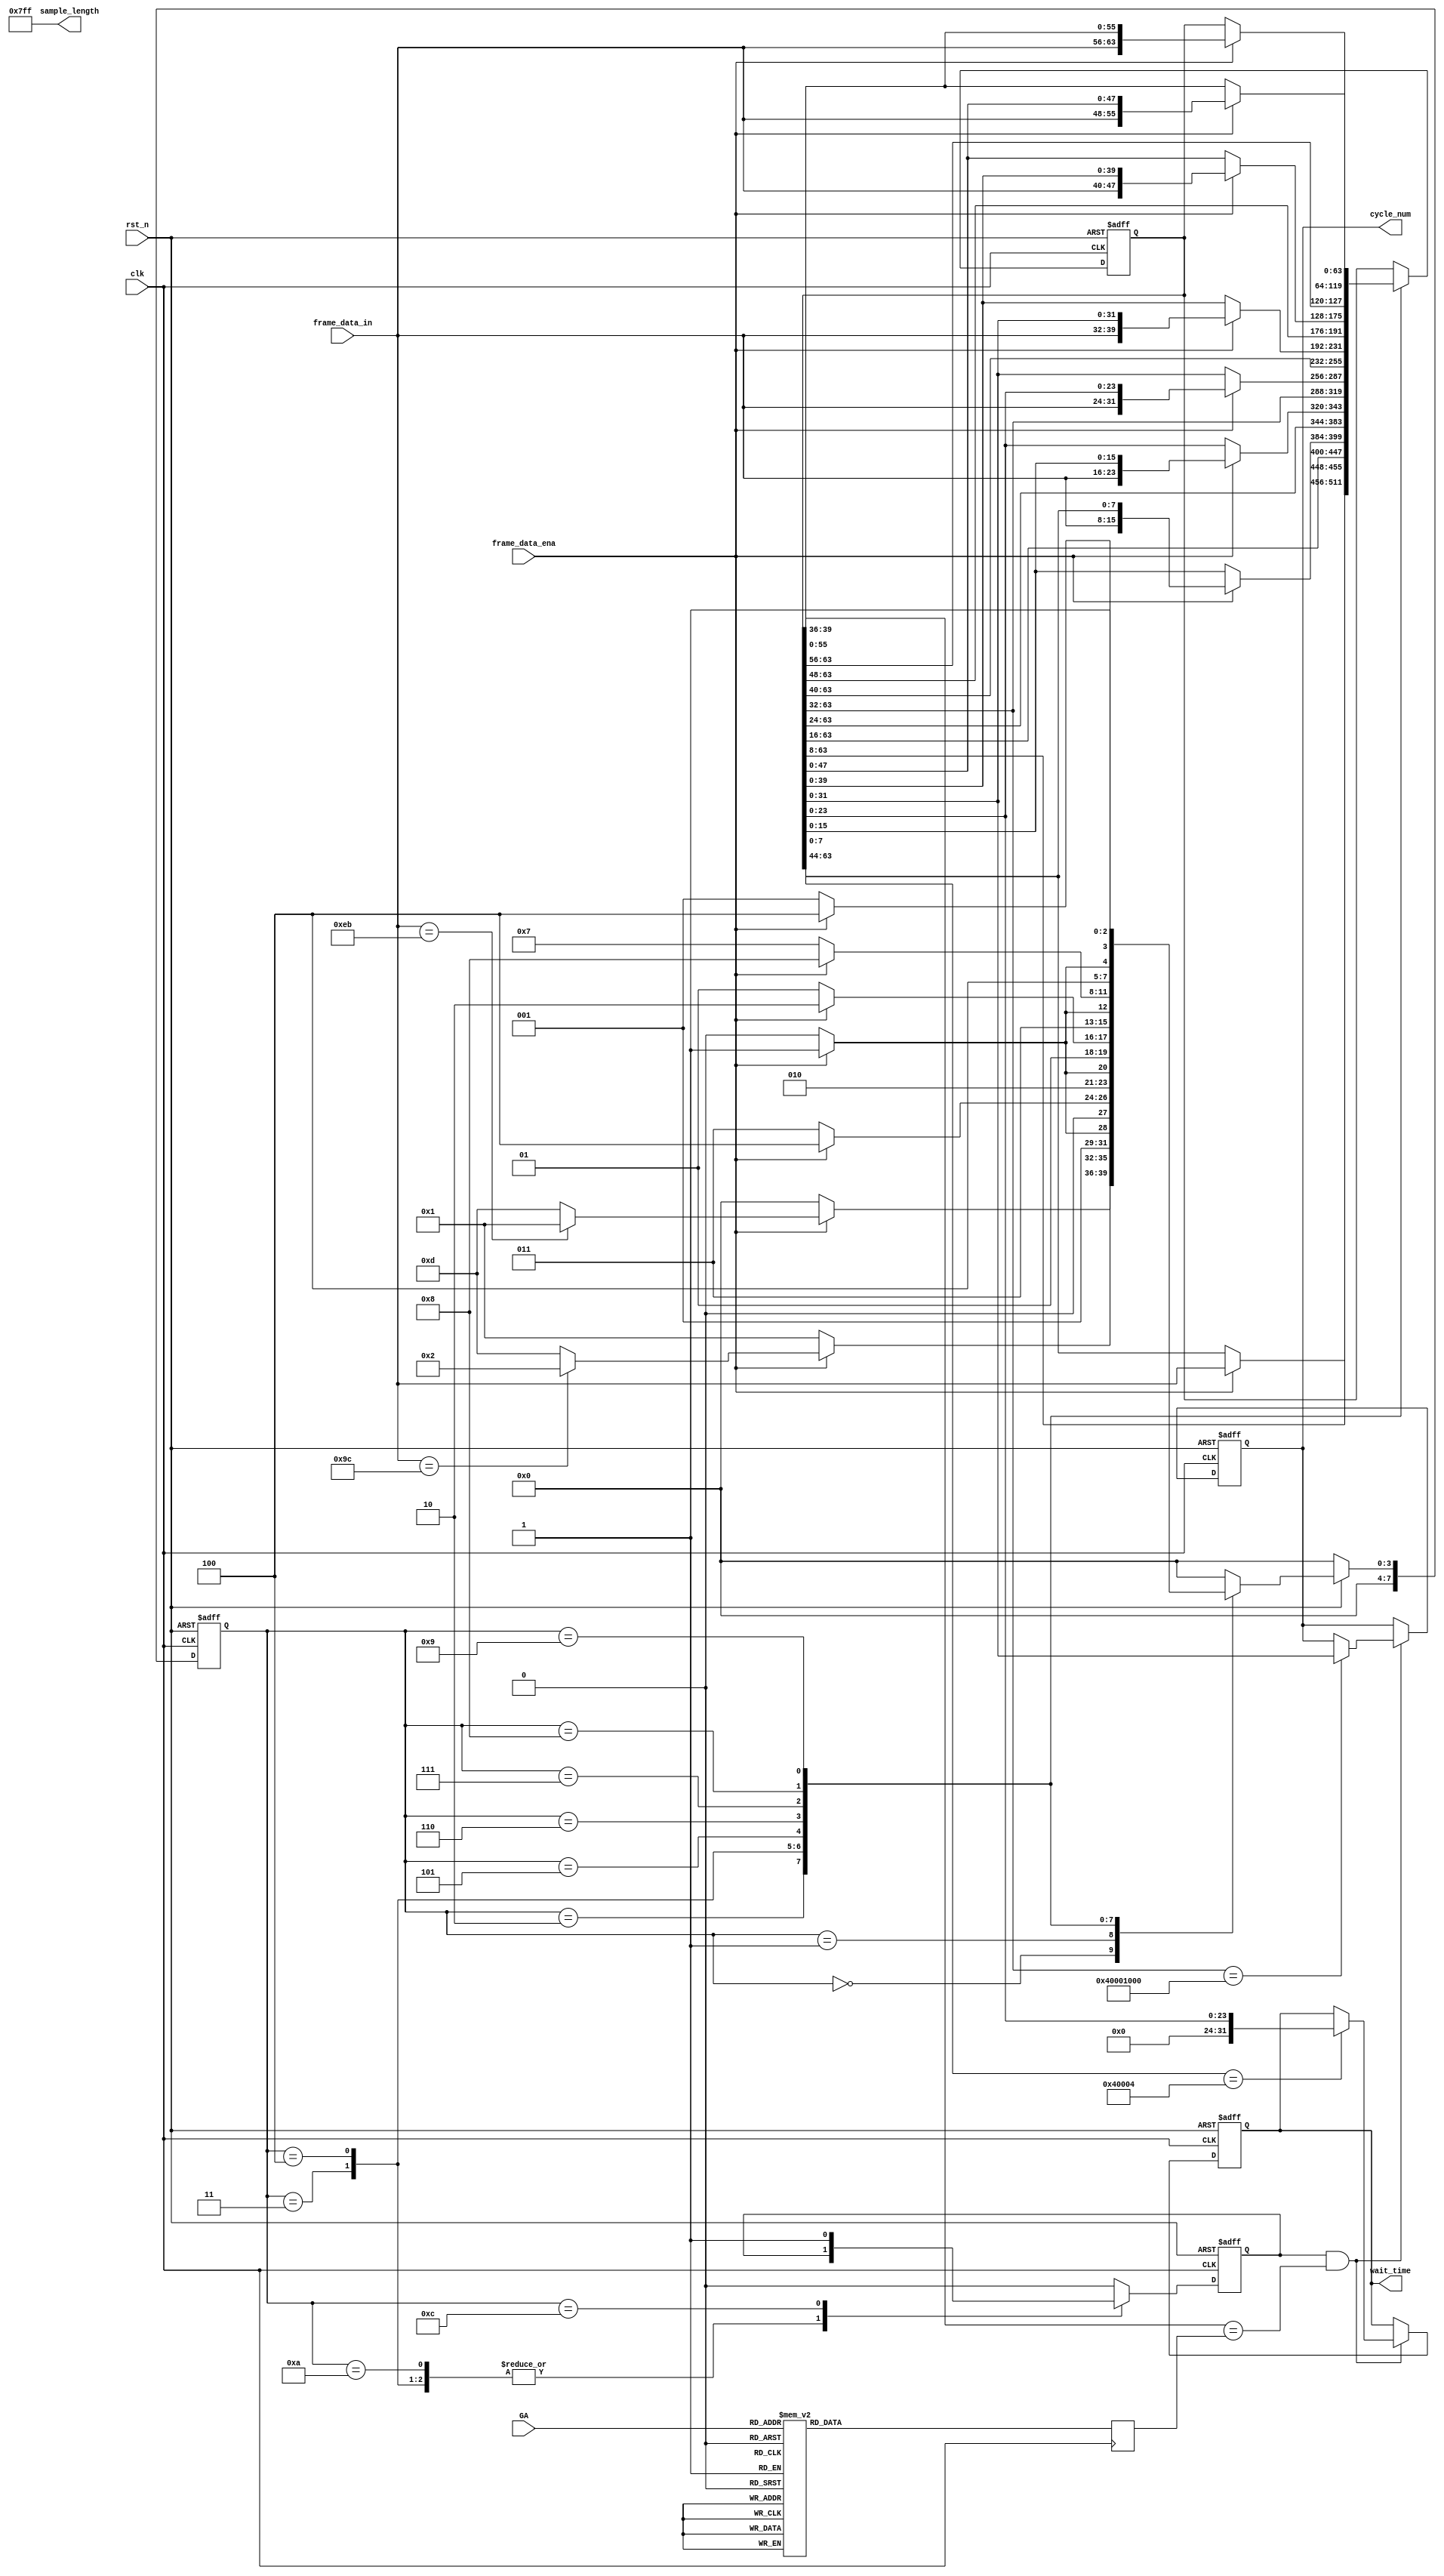
`timescale 1ns/1ns

module UART_Rx(
	input clk,
	input rst_n,
(*mark_debug = "TRUE"*)	input [7:0] frame_data_in,
(*mark_debug = "TRUE"*)	input frame_data_ena,
(*mark_debug = "TRUE"*)	input[4:0] GA,

(*mark_debug = "TRUE"*)	output  reg [31:0]  cycle_num,
	output  [31:0]  sample_length,
(*mark_debug = "TRUE"*)	output  reg [31:0]  wait_time
	// output reg [23:0] R_AWG_CH1_DELAY1   ,
	// output reg [23:0] R_AWG_CH2_DELAY1   ,
	// output reg [23:0] R_AWG_CH3_DELAY1   ,
	// output reg [23:0] R_AWG_CH4_DELAY1   ,
	// output reg [23:0] R_AWG_CH1_DELAY2   ,
	// output reg [23:0] R_AWG_CH2_DELAY2   ,
	// output reg [23:0] R_AWG_CH3_DELAY2   ,
	// output reg [23:0] R_AWG_CH4_DELAY2   ,
	// output reg [23:0] R_AWG_CH1_DELAY3   ,
	// output reg [23:0] R_AWG_CH2_DELAY3   ,
	// output reg [23:0] R_AWG_CH3_DELAY3   ,
	// output reg [23:0] R_AWG_CH4_DELAY3   ,
	// output reg [23:0]  R_AWG_CH1_LEN1	 ,
	// output reg [23:0]  R_AWG_CH2_LEN1	 ,
	// output reg [23:0]  R_AWG_CH3_LEN1	 ,
	// output reg [23:0]  R_AWG_CH4_LEN1	 ,
	// output reg [23:0]  R_AWG_CH1_LEN2	 ,
	// output reg [23:0]  R_AWG_CH2_LEN2	 ,
	// output reg [23:0]  R_AWG_CH3_LEN2	 ,
	// output reg [23:0]  R_AWG_CH4_LEN2	 ,
	// output reg [23:0]  R_AWG_CH1_LEN3	 ,
	// output reg [23:0]  R_AWG_CH2_LEN3	 ,
	// output reg [23:0]  R_AWG_CH3_LEN3	 ,
	// output reg [23:0]  R_AWG_CH4_LEN3	 ,
	// output reg [23:0]  R_AWG_CH1_ADDR1	 ,
	// output reg [23:0]  R_AWG_CH2_ADDR1	 ,
	// output reg [23:0]  R_AWG_CH3_ADDR1	 ,
	// output reg [23:0]  R_AWG_CH4_ADDR1	 ,
	// output reg [23:0]  R_AWG_CH1_ADDR2	 ,
	// output reg [23:0]  R_AWG_CH2_ADDR2	 ,
	// output reg [23:0]  R_AWG_CH3_ADDR2	 ,
	// output reg [23:0]  R_AWG_CH4_ADDR2	 ,
	// output reg [23:0]  R_AWG_CH1_ADDR3	 ,
	// output reg [23:0]  R_AWG_CH2_ADDR3	 ,
	// output reg [23:0]  R_AWG_CH3_ADDR3	 ,
 //    output reg [23:0]  R_AWG_CH4_ADDR3
);


//**********************Variable Definition begin**********************//


//**********************Variable Definition end**********************//



//************************************************************************//
//************************Programmer start here***************************//
//************************************************************************//
localparam  [7:0] FRH_DET_FB 		      = 8'd0; //Frame_Head_Detection_First_Byte
localparam  [7:0] FRH_DET_SB              = 8'd1; //Frame_Head_Detection_Second_Byte


localparam  [7:0] FRC01_DET            = 8'd2; //Frame Content Store
localparam  [7:0] FRC02_DET            = 8'd3; //Frame Content Store
localparam  [7:0] FRC03_DET            = 8'd4; //Frame Content Store
localparam  [7:0] FRC04_DET            = 8'd5; //Frame Content Store
localparam  [7:0] FRC05_DET            = 8'd6; //Frame Content Store
localparam  [7:0] FRC06_DET            = 8'd7; //Frame Content Store
localparam  [7:0] FRC07_DET            = 8'd8; //Frame Content Store
localparam  [7:0] FRC08_DET            = 8'd9; //Frame Content Store



localparam  [7:0] CRC_DET                 = 8'd10; //CRC Store
localparam  [7:0] CRC_CHK                 = 8'd11; //CRC_Check
localparam  [7:0] FR_END                  = 8'd12; //Frame Detection Successful
localparam  [7:0] FR_ERR                  = 8'd13; //Error Occu


reg [7:0] fd_st_cuur;					//FSM:pointer
reg [7:0] fd_st_next;					//FSM:pointer

(*mark_debug = "TRUE"*)reg[63:0] R_UART_DATA;
(*mark_debug = "TRUE"*)reg  data_updata;
reg[7:0] CRC_Value;

reg[3:0] MYSLOT ;

//////////////////////////////////////////////////////////////////////////
////////////////////////// FSM(Three Parts) //////////////////////////////
//////////////////////////////////////////////////////////////////////////

//reg [7:0] CRC_Value;         //CRC check from "FRL_DET",add all data equal tp 8'h00 is right
//***************************FSM Part1 begin****************************//
always @(posedge clk, negedge rst_n)
	begin
		if(~rst_n) fd_st_cuur <= FRH_DET_FB; //initialization
		else fd_st_cuur <= fd_st_next;
	end
//*************************FSM Part1 end****************************//

//*************************FSM Part2 begin****************************//
always @(*) //next state generation
begin
	if(~rst_n) fd_st_next = FRH_DET_FB;
	else
	begin
		case(fd_st_cuur)
		FRH_DET_FB: begin
			if(frame_data_ena) begin
				if(frame_data_in == 8'heb) fd_st_next = FRH_DET_SB; //to next state
				else fd_st_next = FR_ERR;     //to error report,for fifo clear
			end
			else fd_st_next = FRH_DET_FB;     //hold
		end
		FRH_DET_SB: begin
			if(frame_data_ena) begin
				if(frame_data_in ==8'h9c) fd_st_next = FRC01_DET; //to next state
				else fd_st_next = FR_ERR; //to error report,for fifo clear
			end
			else fd_st_next = FRH_DET_SB; //hold
		end
		FRC01_DET: begin
			if(frame_data_ena) fd_st_next = FRC02_DET;
			else fd_st_next = FRC01_DET;
		end
		FRC02_DET: begin
			if(frame_data_ena) fd_st_next = FRC03_DET;
			else fd_st_next = FRC02_DET;
		end
		FRC03_DET: begin
			if(frame_data_ena) fd_st_next = FRC04_DET;
			else fd_st_next = FRC03_DET;
		end
		FRC04_DET: begin
			if(frame_data_ena) fd_st_next = FRC05_DET;
			else fd_st_next = FRC04_DET;
		end
		FRC05_DET: begin
			if(frame_data_ena) fd_st_next = FRC06_DET;
			else fd_st_next = FRC05_DET;
		end
		FRC06_DET: begin
			if(frame_data_ena) fd_st_next = FRC07_DET;
			else fd_st_next = FRC06_DET;
		end
		FRC07_DET: begin
			if(frame_data_ena) fd_st_next = FRC08_DET;
			else fd_st_next = FRC07_DET;
		end
		FRC08_DET: begin
			if(frame_data_ena) fd_st_next = FR_END;
			else fd_st_next = FRC08_DET;
		end

		FR_END: fd_st_next = FRH_DET_FB; //round to init
		FR_ERR: fd_st_next = FRH_DET_FB; //round to init
		default: fd_st_next = FRH_DET_FB;
		endcase
	end
end

always @ (posedge clk)
begin
	case(GA)
	5'd0: MYSLOT <= 4'd0 ;
	5'd1: MYSLOT <= 4'd0 ;
	5'd2: MYSLOT <= 4'd1 ;
	5'd3: MYSLOT <= 4'd2 ;
	5'd4: MYSLOT <= 4'd3 ;
	5'd5: MYSLOT <= 4'd4 ;
	5'd6: MYSLOT <= 4'd5 ;
	5'd7: MYSLOT <= 4'd6 ;
	5'd8: MYSLOT <= 4'd7 ;
	5'd9: MYSLOT <= 4'd0 ;
	5'd10: MYSLOT <= 4'd8 ;
	5'd11: MYSLOT <= 4'd9 ;
	5'd12: MYSLOT <= 4'd10 ;
	5'd13: MYSLOT <= 4'd11 ;
	5'd14: MYSLOT <= 4'd12 ;
	5'd15: MYSLOT <= 4'd13 ;
	5'd16: MYSLOT <= 4'd14 ;
	5'd17: MYSLOT <= 4'd15 ;

	default :MYSLOT <= 4'd0 ;
	endcase

end


//*************************FSM Part2 end****************************//

//*************************FSM Part3 begin****************************//
always @(posedge clk, negedge rst_n)
begin
	if(~rst_n)
	begin
		CRC_Value <= 8'd0;
		R_UART_DATA	<=	64'd0	;
		data_updata <= 1'B0 ;

	end
	else
	begin
		case(fd_st_cuur)
		FRH_DET_FB: begin
			if(frame_data_ena) CRC_Value <= frame_data_in;
			else CRC_Value <= CRC_Value;
			data_updata<= 1'b0;
		end
		FRH_DET_SB: begin
			if(frame_data_ena) CRC_Value <= CRC_Value + frame_data_in;
			else CRC_Value <= CRC_Value;
		end
		FRC01_DET: begin
			if(frame_data_ena) begin
				CRC_Value <= CRC_Value + frame_data_in;
				R_UART_DATA	  <= {R_UART_DATA[63:8],frame_data_in};
			end
			else begin
				CRC_Value <= CRC_Value;
				R_UART_DATA	  <= R_UART_DATA;
			end
			data_updata<= 1'b0;		//receive correct frame head
		end
		FRC02_DET: begin
			if(frame_data_ena) begin
				CRC_Value <= CRC_Value + frame_data_in;
				R_UART_DATA	  <= {R_UART_DATA[63:16],frame_data_in,R_UART_DATA[7:0]};
			end
			else begin
				CRC_Value <= CRC_Value;
				R_UART_DATA	  <= R_UART_DATA;
			end
		end
		FRC03_DET: begin
			if(frame_data_ena) begin
				CRC_Value <= CRC_Value + frame_data_in;
				R_UART_DATA	  <= {R_UART_DATA[63:24],frame_data_in,R_UART_DATA[15:0]};
			end
			else begin
				CRC_Value <= CRC_Value;
				R_UART_DATA	  <= R_UART_DATA;
			end
		end
		FRC04_DET: begin
			if(frame_data_ena) begin
				CRC_Value <= CRC_Value + frame_data_in;
				R_UART_DATA	  <= {R_UART_DATA[63:32],frame_data_in,R_UART_DATA[23:0]};
			end
			else begin
				CRC_Value <= CRC_Value;
				R_UART_DATA	  <= R_UART_DATA;
			end
		end
		FRC05_DET: begin
			if(frame_data_ena) begin
				CRC_Value <= CRC_Value + frame_data_in;
				R_UART_DATA	  <= {R_UART_DATA[63:40],frame_data_in,R_UART_DATA[31:0]};
			end
			else begin
				CRC_Value <= CRC_Value;
				R_UART_DATA	  <= R_UART_DATA;
			end
		end
		FRC06_DET: begin
			if(frame_data_ena) begin
				CRC_Value <= CRC_Value + frame_data_in;
				R_UART_DATA	  <= {R_UART_DATA[63:48],frame_data_in,R_UART_DATA[39:0]};
			end
			else begin
				CRC_Value <= CRC_Value;
				R_UART_DATA	  <= R_UART_DATA;
			end
		end
		FRC07_DET: begin
			if(frame_data_ena) begin
				CRC_Value <= CRC_Value + frame_data_in;
				R_UART_DATA	  <= {R_UART_DATA[63:56],frame_data_in,R_UART_DATA[47:0]};
			end
			else begin
				CRC_Value <= CRC_Value;
				R_UART_DATA	  <= R_UART_DATA;
			end
		end
		FRC08_DET: begin
			if(frame_data_ena) begin
				CRC_Value <= CRC_Value + frame_data_in;
				R_UART_DATA	  <= {frame_data_in,R_UART_DATA[55:0]};
			end
			else begin
				CRC_Value <= CRC_Value;
				R_UART_DATA	  <= R_UART_DATA;
			end
		end



		CRC_DET: begin
			if(frame_data_ena) CRC_Value <= CRC_Value + frame_data_in;
//			if(frame_data_ena) CRC_Value <= 8'h0;
			else CRC_Value <= CRC_Value;
		end
		CRC_CHK: begin
			CRC_Value <= CRC_Value;
			data_updata<= 1'b0;
		end
		FR_END: begin
			CRC_Value <= FR_END;
			data_updata<= 1'b1;
		end
		FR_ERR: begin
			CRC_Value <= FR_ERR;
			data_updata<= 1'b0;
		end
	    default: begin
			CRC_Value <= 8'd0;
			data_updata<= 1'b0;
			R_UART_DATA	<=	R_UART_DATA	;

		end
		endcase
	end
end

always @(posedge clk or negedge rst_n) begin
	if (~rst_n) begin
		// reset
	    cycle_num    <= 32'h0000_03e8;
	    wait_time    <= 32'h0000_0000;
	end
	else begin
		if (data_updata && (R_UART_DATA[39:36] == MYSLOT))
		begin
			casez(R_UART_DATA[63:32])
				40'h4000_4???: begin
					wait_time <= R_UART_DATA[23:0];
				end
				40'h4000_1000: begin
					cycle_num <= R_UART_DATA[31:0];
				end
				default: begin
					wait_time <= wait_time;
					cycle_num <= cycle_num;
				end
			endcase
		end else begin
				wait_time <= wait_time;
				cycle_num <= cycle_num;
		end
	end
end
assign sample_length = 32'h7ff;

/*
always @(posedge clk, negedge rst_n)
begin
	if(~rst_n)
	begin
		R_AWG_CH1_DELAY1	<= 24'd0;
		R_AWG_CH2_DELAY1	<= 24'd0;
		R_AWG_CH3_DELAY1	<= 24'd0;
		R_AWG_CH4_DELAY1	<= 24'd0;
		R_AWG_CH1_DELAY2	<= 24'd0;
		R_AWG_CH2_DELAY2	<= 24'd0;
		R_AWG_CH3_DELAY2	<= 24'd0;
		R_AWG_CH4_DELAY2	<= 24'd0;
		R_AWG_CH1_DELAY3	<= 24'd0;
		R_AWG_CH2_DELAY3	<= 24'd0;
		R_AWG_CH3_DELAY3	<= 24'd0;
		R_AWG_CH4_DELAY3	<= 24'd0;
		R_AWG_CH1_LEN1	<= 24'd250;
		R_AWG_CH2_LEN1	<= 24'd250;
		R_AWG_CH3_LEN1	<= 24'd250;
		R_AWG_CH4_LEN1	<= 24'd250;
		R_AWG_CH1_LEN2	<= 24'd250;
		R_AWG_CH2_LEN2	<= 24'd250;
		R_AWG_CH3_LEN2	<= 24'd250;
		R_AWG_CH4_LEN2	<= 24'd250;
		R_AWG_CH1_LEN3	<= 24'd250;
		R_AWG_CH2_LEN3	<= 24'd250;
		R_AWG_CH3_LEN3	<= 24'd250;
		R_AWG_CH4_LEN3	<= 24'd250;
		R_AWG_CH1_ADDR1	<= 24'd0;
		R_AWG_CH2_ADDR1	<= 24'd0;
		R_AWG_CH3_ADDR1	<= 24'd0;
		R_AWG_CH4_ADDR1	<= 24'd0;
		R_AWG_CH1_ADDR2	<= 24'd250;
		R_AWG_CH2_ADDR2	<= 24'd250;
		R_AWG_CH3_ADDR2	<= 24'd250;
		R_AWG_CH4_ADDR2	<= 24'd250;
		R_AWG_CH1_ADDR3	<= 24'd500;
		R_AWG_CH2_ADDR3	<= 24'd500;
		R_AWG_CH3_ADDR3	<= 24'd500;
		R_AWG_CH4_ADDR3	<= 24'd500;

	end
	else
	begin
		if(data_updata && (R_UART_DATA[39:36] == MYSLOT) && (R_UART_DATA[35:34] == 2'd0) && (R_UART_DATA[31:28] == 4'd0) && (R_UART_DATA[27:24] == 4'd0))
		begin
			R_AWG_CH1_DELAY1	<=	R_UART_DATA[23:0] ;
		end
		else if	(data_updata && (R_UART_DATA[39:36] == MYSLOT) && (R_UART_DATA[35:34] == 2'd1) &&(R_UART_DATA[31:28] == 4'd0) && (R_UART_DATA[27:24] == 4'd0))
		begin
			R_AWG_CH2_DELAY1	<=	R_UART_DATA[23:0] ;
		end
		else if	(data_updata && (R_UART_DATA[39:36] == MYSLOT) && (R_UART_DATA[35:34] == 2'd2) &&(R_UART_DATA[31:28] == 4'd0) && (R_UART_DATA[27:24] == 4'd0))
		begin
			R_AWG_CH3_DELAY1	<=	R_UART_DATA[23:0] ;
		end
		else if	(data_updata && (R_UART_DATA[39:36] == MYSLOT) && (R_UART_DATA[35:34] == 2'd3) &&(R_UART_DATA[31:28] == 4'd0) && (R_UART_DATA[27:24] == 4'd0))
		begin
			R_AWG_CH4_DELAY1	<=	R_UART_DATA[23:0] ;
		end
		else if	(data_updata && (R_UART_DATA[39:36] == MYSLOT) && (R_UART_DATA[35:34] == 2'd0) &&(R_UART_DATA[31:28] == 4'd1) && (R_UART_DATA[27:24] == 4'd0))
		begin
			R_AWG_CH1_LEN1	<=	R_UART_DATA[23:0] ;
		end
		else if	(data_updata && (R_UART_DATA[39:36] == MYSLOT) && (R_UART_DATA[35:34] == 2'd1) &&(R_UART_DATA[31:28] == 4'd1) && (R_UART_DATA[27:24] == 4'd0))
		begin
			R_AWG_CH2_LEN1	<=	R_UART_DATA[23:0] ;
		end
		else if	(data_updata && (R_UART_DATA[39:36] == MYSLOT) && (R_UART_DATA[35:34] == 2'd2) &&(R_UART_DATA[31:28] == 4'd1) && (R_UART_DATA[27:24] == 4'd0))
		begin
			R_AWG_CH3_LEN1	<=	R_UART_DATA[23:0] ;
		end
		else if	(data_updata && (R_UART_DATA[39:36] == MYSLOT) && (R_UART_DATA[35:34] == 2'd3) &&(R_UART_DATA[31:28] == 4'd1) && (R_UART_DATA[27:24] == 4'd0))
		begin
			R_AWG_CH4_LEN1	<=	R_UART_DATA[23:0] ;
		end
		else if	(data_updata && (R_UART_DATA[39:36] == MYSLOT) && (R_UART_DATA[35:34] == 2'd0) &&(R_UART_DATA[31:28] == 4'd2) && (R_UART_DATA[27:24] == 4'd0))
		begin
			R_AWG_CH1_ADDR1	<=	R_UART_DATA[23:0] ;
		end
		else if	(data_updata && (R_UART_DATA[39:36] == MYSLOT) && (R_UART_DATA[35:34] == 2'd1) &&(R_UART_DATA[31:28] == 4'd2) && (R_UART_DATA[27:24] == 4'd0))
		begin
			R_AWG_CH2_ADDR1	<=	R_UART_DATA[23:0] ;
		end
		else if	(data_updata && (R_UART_DATA[39:36] == MYSLOT) && (R_UART_DATA[35:34] == 2'd2) &&(R_UART_DATA[31:28] == 4'd2) && (R_UART_DATA[27:24] == 4'd0))
		begin
			R_AWG_CH3_ADDR1	<=	R_UART_DATA[23:0] ;
		end
		else if	(data_updata && (R_UART_DATA[39:36] == MYSLOT) && (R_UART_DATA[35:34] == 2'd3) &&(R_UART_DATA[31:28] == 4'd2) && (R_UART_DATA[27:24] == 4'd0))
		begin
			R_AWG_CH4_ADDR1	<=	R_UART_DATA[23:0] ;
		end
		else if(data_updata && (R_UART_DATA[39:36] == MYSLOT) && (R_UART_DATA[35:34] == 2'd0) &&(R_UART_DATA[31:28] == 4'd0) && (R_UART_DATA[27:24] == 4'd1))
		begin
			R_AWG_CH1_DELAY2	<=	R_UART_DATA[23:0] ;
		end
		else if	(data_updata && (R_UART_DATA[39:36] == MYSLOT) && (R_UART_DATA[35:34] == 2'd1) &&(R_UART_DATA[31:28] == 4'd0) && (R_UART_DATA[27:24] == 4'd1))
		begin
			R_AWG_CH2_DELAY2	<=	R_UART_DATA[23:0] ;
		end
		else if	(data_updata && (R_UART_DATA[39:36] == MYSLOT) && (R_UART_DATA[35:34] == 2'd2) &&(R_UART_DATA[31:28] == 4'd0) && (R_UART_DATA[27:24] == 4'd1))
		begin
			R_AWG_CH3_DELAY2	<=	R_UART_DATA[23:0] ;
		end
		else if	(data_updata && (R_UART_DATA[39:36] == MYSLOT) && (R_UART_DATA[35:34] == 2'd3) &&(R_UART_DATA[31:28] == 4'd0) && (R_UART_DATA[27:24] == 4'd1))
		begin
			R_AWG_CH4_DELAY2	<=	R_UART_DATA[23:0] ;
		end
		else if	(data_updata && (R_UART_DATA[39:36] == MYSLOT) && (R_UART_DATA[35:34] == 2'd0) &&(R_UART_DATA[31:28] == 4'd1) && (R_UART_DATA[27:24] == 4'd1))
		begin
			R_AWG_CH1_LEN2	<=	R_UART_DATA[23:0] ;
		end
		else if	(data_updata && (R_UART_DATA[39:36] == MYSLOT) && (R_UART_DATA[35:34] == 2'd1) &&(R_UART_DATA[31:28] == 4'd1) && (R_UART_DATA[27:24] == 4'd1))
		begin
			R_AWG_CH2_LEN2	<=	R_UART_DATA[23:0] ;
		end
		else if	(data_updata && (R_UART_DATA[39:36] == MYSLOT) && (R_UART_DATA[35:34] == 2'd2) &&(R_UART_DATA[31:28] == 4'd1) && (R_UART_DATA[27:24] == 4'd1))
		begin
			R_AWG_CH3_LEN2	<=	R_UART_DATA[23:0] ;
		end
		else if	(data_updata && (R_UART_DATA[39:36] == MYSLOT) && (R_UART_DATA[35:34] == 2'd3) &&(R_UART_DATA[31:28] == 4'd1) && (R_UART_DATA[27:24] == 4'd1))
		begin
			R_AWG_CH4_LEN2	<=	R_UART_DATA[23:0] ;
		end
		else if	(data_updata && (R_UART_DATA[39:36] == MYSLOT) && (R_UART_DATA[35:34] == 2'd0) &&(R_UART_DATA[31:28] == 4'd2) && (R_UART_DATA[27:24] == 4'd1))
		begin
			R_AWG_CH1_ADDR2	<=	R_UART_DATA[23:0] ;
		end
		else if	(data_updata && (R_UART_DATA[39:36] == MYSLOT) && (R_UART_DATA[35:34] == 2'd1) &&(R_UART_DATA[31:28] == 4'd2) && (R_UART_DATA[27:24] == 4'd1))
		begin
			R_AWG_CH2_ADDR2	<=	R_UART_DATA[23:0] ;
		end
		else if	(data_updata && (R_UART_DATA[39:36] == MYSLOT) && (R_UART_DATA[35:34] == 2'd2) &&(R_UART_DATA[31:28] == 4'd2) && (R_UART_DATA[27:24] == 4'd1))
		begin
			R_AWG_CH3_ADDR2	<=	R_UART_DATA[23:0] ;
		end
		else if	(data_updata && (R_UART_DATA[39:36] == MYSLOT) && (R_UART_DATA[35:34] == 2'd3) &&(R_UART_DATA[31:28] == 4'd2) && (R_UART_DATA[27:24] == 4'd1))
		begin
			R_AWG_CH4_ADDR2	<=	R_UART_DATA[23:0] ;
		end
		else if(data_updata && (R_UART_DATA[39:36] == MYSLOT) && (R_UART_DATA[35:34] == 2'd0) &&(R_UART_DATA[31:28] == 4'd0) && (R_UART_DATA[27:24] == 4'd2))
		begin
			R_AWG_CH1_DELAY3	<=	R_UART_DATA[23:0] ;
		end
		else if	(data_updata && (R_UART_DATA[39:36] == MYSLOT) && (R_UART_DATA[35:34] == 2'd1) &&(R_UART_DATA[31:28] == 4'd0) && (R_UART_DATA[27:24] == 4'd2))
		begin
			R_AWG_CH2_DELAY3	<=	R_UART_DATA[23:0] ;
		end
		else if	(data_updata && (R_UART_DATA[39:36] == MYSLOT) && (R_UART_DATA[35:34] == 2'd2) &&(R_UART_DATA[31:28] == 4'd0) && (R_UART_DATA[27:24] == 4'd2))
		begin
			R_AWG_CH3_DELAY3	<=	R_UART_DATA[23:0] ;
		end
		else if	(data_updata && (R_UART_DATA[39:36] == MYSLOT) && (R_UART_DATA[35:34] == 2'd3) &&(R_UART_DATA[31:28] == 4'd0) && (R_UART_DATA[27:24] == 4'd2))
		begin
			R_AWG_CH4_DELAY3	<=	R_UART_DATA[23:0] ;
		end
		else if	(data_updata && (R_UART_DATA[39:36] == MYSLOT) && (R_UART_DATA[35:34] == 2'd0) &&(R_UART_DATA[31:28] == 4'd1) && (R_UART_DATA[27:24] == 4'd2))
		begin
			R_AWG_CH1_LEN3	<=	R_UART_DATA[23:0] ;
		end
		else if	(data_updata && (R_UART_DATA[39:36] == MYSLOT) && (R_UART_DATA[35:34] == 2'd1) &&(R_UART_DATA[31:28] == 4'd1) && (R_UART_DATA[27:24] == 4'd2))
		begin
			R_AWG_CH2_LEN3	<=	R_UART_DATA[23:0] ;
		end
		else if	(data_updata && (R_UART_DATA[39:36] == MYSLOT) && (R_UART_DATA[35:34] == 2'd2) &&(R_UART_DATA[31:28] == 4'd1) && (R_UART_DATA[27:24] == 4'd2))
		begin
			R_AWG_CH3_LEN3	<=	R_UART_DATA[23:0] ;
		end
		else if	(data_updata && (R_UART_DATA[39:36] == MYSLOT) && (R_UART_DATA[35:34] == 2'd3) &&(R_UART_DATA[31:28] == 4'd1) && (R_UART_DATA[27:24] == 4'd2))
		begin
			R_AWG_CH4_LEN3	<=	R_UART_DATA[23:0] ;
		end
		else if	(data_updata && (R_UART_DATA[39:36] == MYSLOT) && (R_UART_DATA[35:34] == 2'd0) &&(R_UART_DATA[31:28] == 4'd2) && (R_UART_DATA[27:24] == 4'd2))
		begin
			R_AWG_CH1_ADDR3	<=	R_UART_DATA[23:0] ;
		end
		else if	(data_updata && (R_UART_DATA[39:36] == MYSLOT) && (R_UART_DATA[35:34] == 2'd1) &&(R_UART_DATA[31:28] == 4'd2) && (R_UART_DATA[27:24] == 4'd2))
		begin
			R_AWG_CH2_ADDR3	<=	R_UART_DATA[23:0] ;
		end
		else if	(data_updata && (R_UART_DATA[39:36] == MYSLOT) && (R_UART_DATA[35:34] == 2'd2) &&(R_UART_DATA[31:28] == 4'd2) && (R_UART_DATA[27:24] == 4'd2))
		begin
			R_AWG_CH3_ADDR3	<=	R_UART_DATA[23:0] ;
		end
		else if	(data_updata && (R_UART_DATA[39:36] == MYSLOT) && (R_UART_DATA[35:34] == 2'd3) &&(R_UART_DATA[31:28] == 4'd2) && (R_UART_DATA[27:24] == 4'd2))
		begin
			R_AWG_CH4_ADDR3	<=	R_UART_DATA[23:0] ;
		end
		else
		begin
			R_AWG_CH1_DELAY1	<= 		R_AWG_CH1_DELAY1   ;
			R_AWG_CH2_DELAY1	<= 		R_AWG_CH2_DELAY1   ;
			R_AWG_CH3_DELAY1	<= 		R_AWG_CH3_DELAY1   ;
			R_AWG_CH4_DELAY1	<= 		R_AWG_CH4_DELAY1   ;
			R_AWG_CH1_DELAY2	<= 		R_AWG_CH1_DELAY2   ;
			R_AWG_CH2_DELAY2	<= 		R_AWG_CH2_DELAY2   ;
			R_AWG_CH3_DELAY2	<= 		R_AWG_CH3_DELAY2   ;
			R_AWG_CH4_DELAY2	<= 		R_AWG_CH4_DELAY2   ;
			R_AWG_CH1_DELAY3	<= 		R_AWG_CH1_DELAY3   ;
			R_AWG_CH2_DELAY3	<= 		R_AWG_CH2_DELAY3   ;
			R_AWG_CH3_DELAY3	<= 		R_AWG_CH3_DELAY3   ;
			R_AWG_CH4_DELAY3	<= 		R_AWG_CH4_DELAY3   ;
			R_AWG_CH1_LEN1		<= 		R_AWG_CH1_LEN1	   ;
			R_AWG_CH2_LEN1		<= 		R_AWG_CH2_LEN1	   ;
			R_AWG_CH3_LEN1		<= 		R_AWG_CH3_LEN1	   ;
			R_AWG_CH4_LEN1		<= 		R_AWG_CH4_LEN1	   ;
			R_AWG_CH1_LEN2		<= 		R_AWG_CH1_LEN2	   ;
			R_AWG_CH2_LEN2		<= 		R_AWG_CH2_LEN2	   ;
			R_AWG_CH3_LEN2		<= 		R_AWG_CH3_LEN2	   ;
			R_AWG_CH4_LEN2		<= 		R_AWG_CH4_LEN2	   ;
			R_AWG_CH1_LEN3		<= 		R_AWG_CH1_LEN3	   ;
			R_AWG_CH2_LEN3		<= 		R_AWG_CH2_LEN3	   ;
			R_AWG_CH3_LEN3		<= 		R_AWG_CH3_LEN3	   ;
			R_AWG_CH4_LEN3		<= 		R_AWG_CH4_LEN3	   ;
            R_AWG_CH1_ADDR1		<= 		R_AWG_CH1_ADDR1	   ;
		    R_AWG_CH2_ADDR1		<= 		R_AWG_CH2_ADDR1	   ;
		    R_AWG_CH3_ADDR1		<= 		R_AWG_CH3_ADDR1	   ;
		    R_AWG_CH4_ADDR1		<= 		R_AWG_CH4_ADDR1	   ;
		    R_AWG_CH1_ADDR2		<= 		R_AWG_CH1_ADDR2	   ;
		    R_AWG_CH2_ADDR2		<= 		R_AWG_CH2_ADDR2	   ;
		    R_AWG_CH3_ADDR2		<= 		R_AWG_CH3_ADDR2	   ;
		    R_AWG_CH4_ADDR2		<= 		R_AWG_CH4_ADDR2	   ;
		    R_AWG_CH1_ADDR3		<= 		R_AWG_CH1_ADDR3	   ;
		    R_AWG_CH2_ADDR3		<= 		R_AWG_CH2_ADDR3	   ;
		    R_AWG_CH3_ADDR3		<= 		R_AWG_CH3_ADDR3	   ;
		    R_AWG_CH4_ADDR3		<= 		R_AWG_CH4_ADDR3	   ;
		end
	end
end
*/

//************************************************************************//
//************************Programmer end *********************************//
//************************************************************************//

endmodule